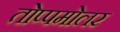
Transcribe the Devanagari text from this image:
तोप्पमोलर